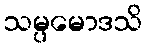
သမ္ပမောဒသိ